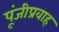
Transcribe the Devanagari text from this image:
पूंजीप्रवाह